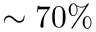
\sim 7 0 \%